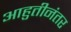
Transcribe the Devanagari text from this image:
आहुतीनंतर